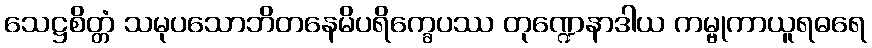
သေဋ္ဌစိတ္တံ သမုပသောဘိတနေမိပရိက္ခေပဿ တုဏ္ဍေနာဒါယ ကမ္ဗုကာယူရဓရေ